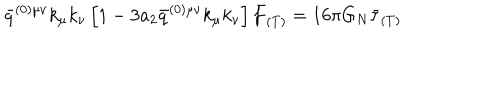
\bar { q } ^ { ( 0 ) \mu \nu } k _ { \mu } k _ { \nu } \left[ 1 - 3 a _ { 2 } \bar { q } ^ { ( 0 ) \mu \nu } k _ { \mu } k _ { \nu } \right] \bar { f } _ { ( T ) } = 1 6 \pi G _ { N } \bar { \tau } _ { ( T ) }